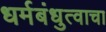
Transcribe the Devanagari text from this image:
धर्मबंधुत्वाचा